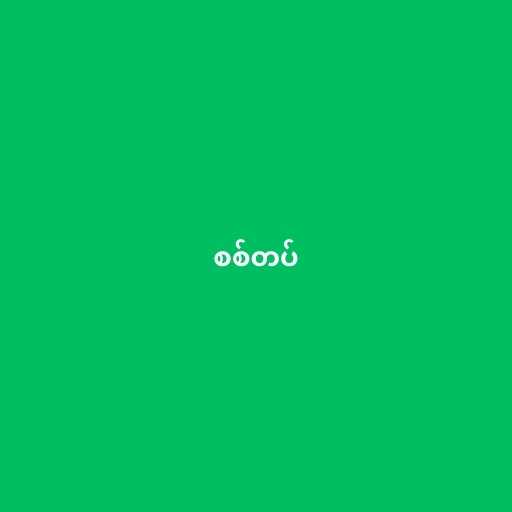
စစ်တပ်